Statistical return of the lunatic asylum in Assam - 1912-1932
Year: 1912
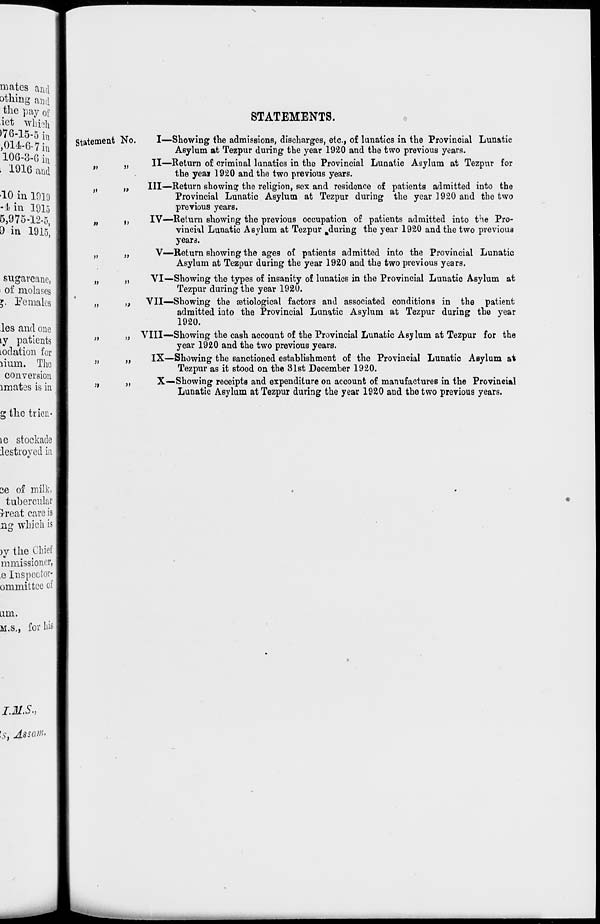
STATEMENTS.
Statement No.
ii
»
»
M
»>
»
»
>>
i>
tj
M
>l
)>
>J
>>
>»
I—Showing the admissions, discharges, etc., of lunatics in the Provincial Lunatic
Asylum at Tezpur during the year 1920 and the two previous years.
II—Return of criminal lunatics in the Provincial Lunatic Asylum at Tezpur for
the yeai 1920 and the two previous years.
Ill—Return showing the religion, sex and residence of patients admitted into the
Provincial Lunatic Asylum at Tezpur during the year 1920 and the two
previous years.
IV—Return showing the previous occupation of patients admitted into the Pro-
vincial Lunatic Asylum at Tezpur ^during the year 1920 and the two previous
year 3.
V—Return showing the ages of patients admitted into the Provincial Lunatic
Asylum at Tezpur during the year 1920 and the two previous years.
VI—Showing the types of insanity of lunatics in the Provincial Lunatic Asylum at
Tezpur during the year 1920.
VII—Showing the setiological factors and associated conditions in the patient
admitted into the Provincial Lunatic Asylum at Tezpur during the year
1920.
VIII—Showing the cash account of the Provincial Lunatic Asy lum at Tezpur for the
year 1920 and the two previous years.
IX—Showing the sanctioned establishment of the Provincial Lunatic Asylum at
Tezpur as it stood on the 31st December 1920.
X—Showing receipts and expenditure on account of manufactures in the Provincial
Lunatic Asylum at Tezpur during the year 1920 and the two previous years.